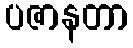
ပဇာနတာ